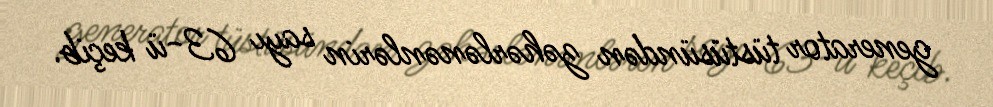
generator tüstüsündən zəhərlənənlərin sayı 63-ü keçib.